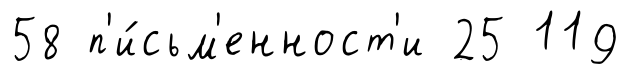
58 п'и́сьм'енност'и 25 119